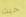
حيث